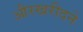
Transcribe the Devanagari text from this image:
औरखरीदने